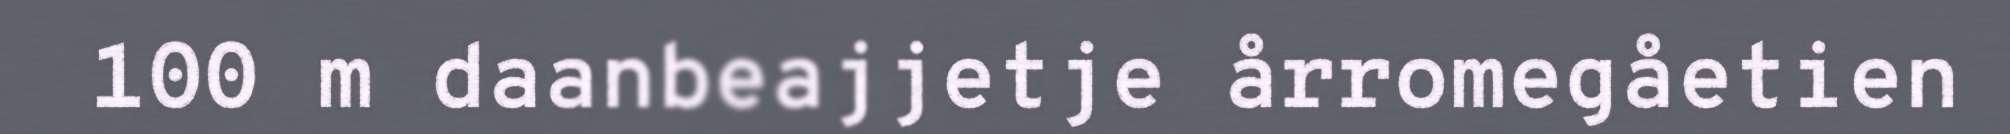
100 m daanbeajjetje årromegåetien